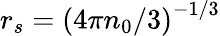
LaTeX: r_{s}=\left(4\pi n_{0}/3\right)^{-1/3}